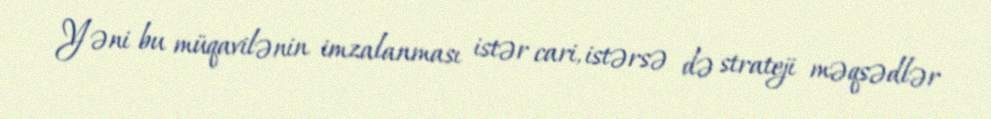
Yəni bu müqavilənin imzalanması istər cari, istərsə də strateji məqsədlər